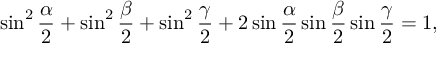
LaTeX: \sin ^ { 2 } { \frac { \alpha } { 2 } } + \sin ^ { 2 } { \frac { \beta } { 2 } } + \sin ^ { 2 } { \frac { \gamma } { 2 } } + 2 \sin { \frac { \alpha } { 2 } } \sin { \frac { \beta } { 2 } } \sin { \frac { \gamma } { 2 } } = 1 ,